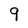
Character: g